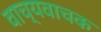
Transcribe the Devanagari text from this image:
वाच्यवाचक